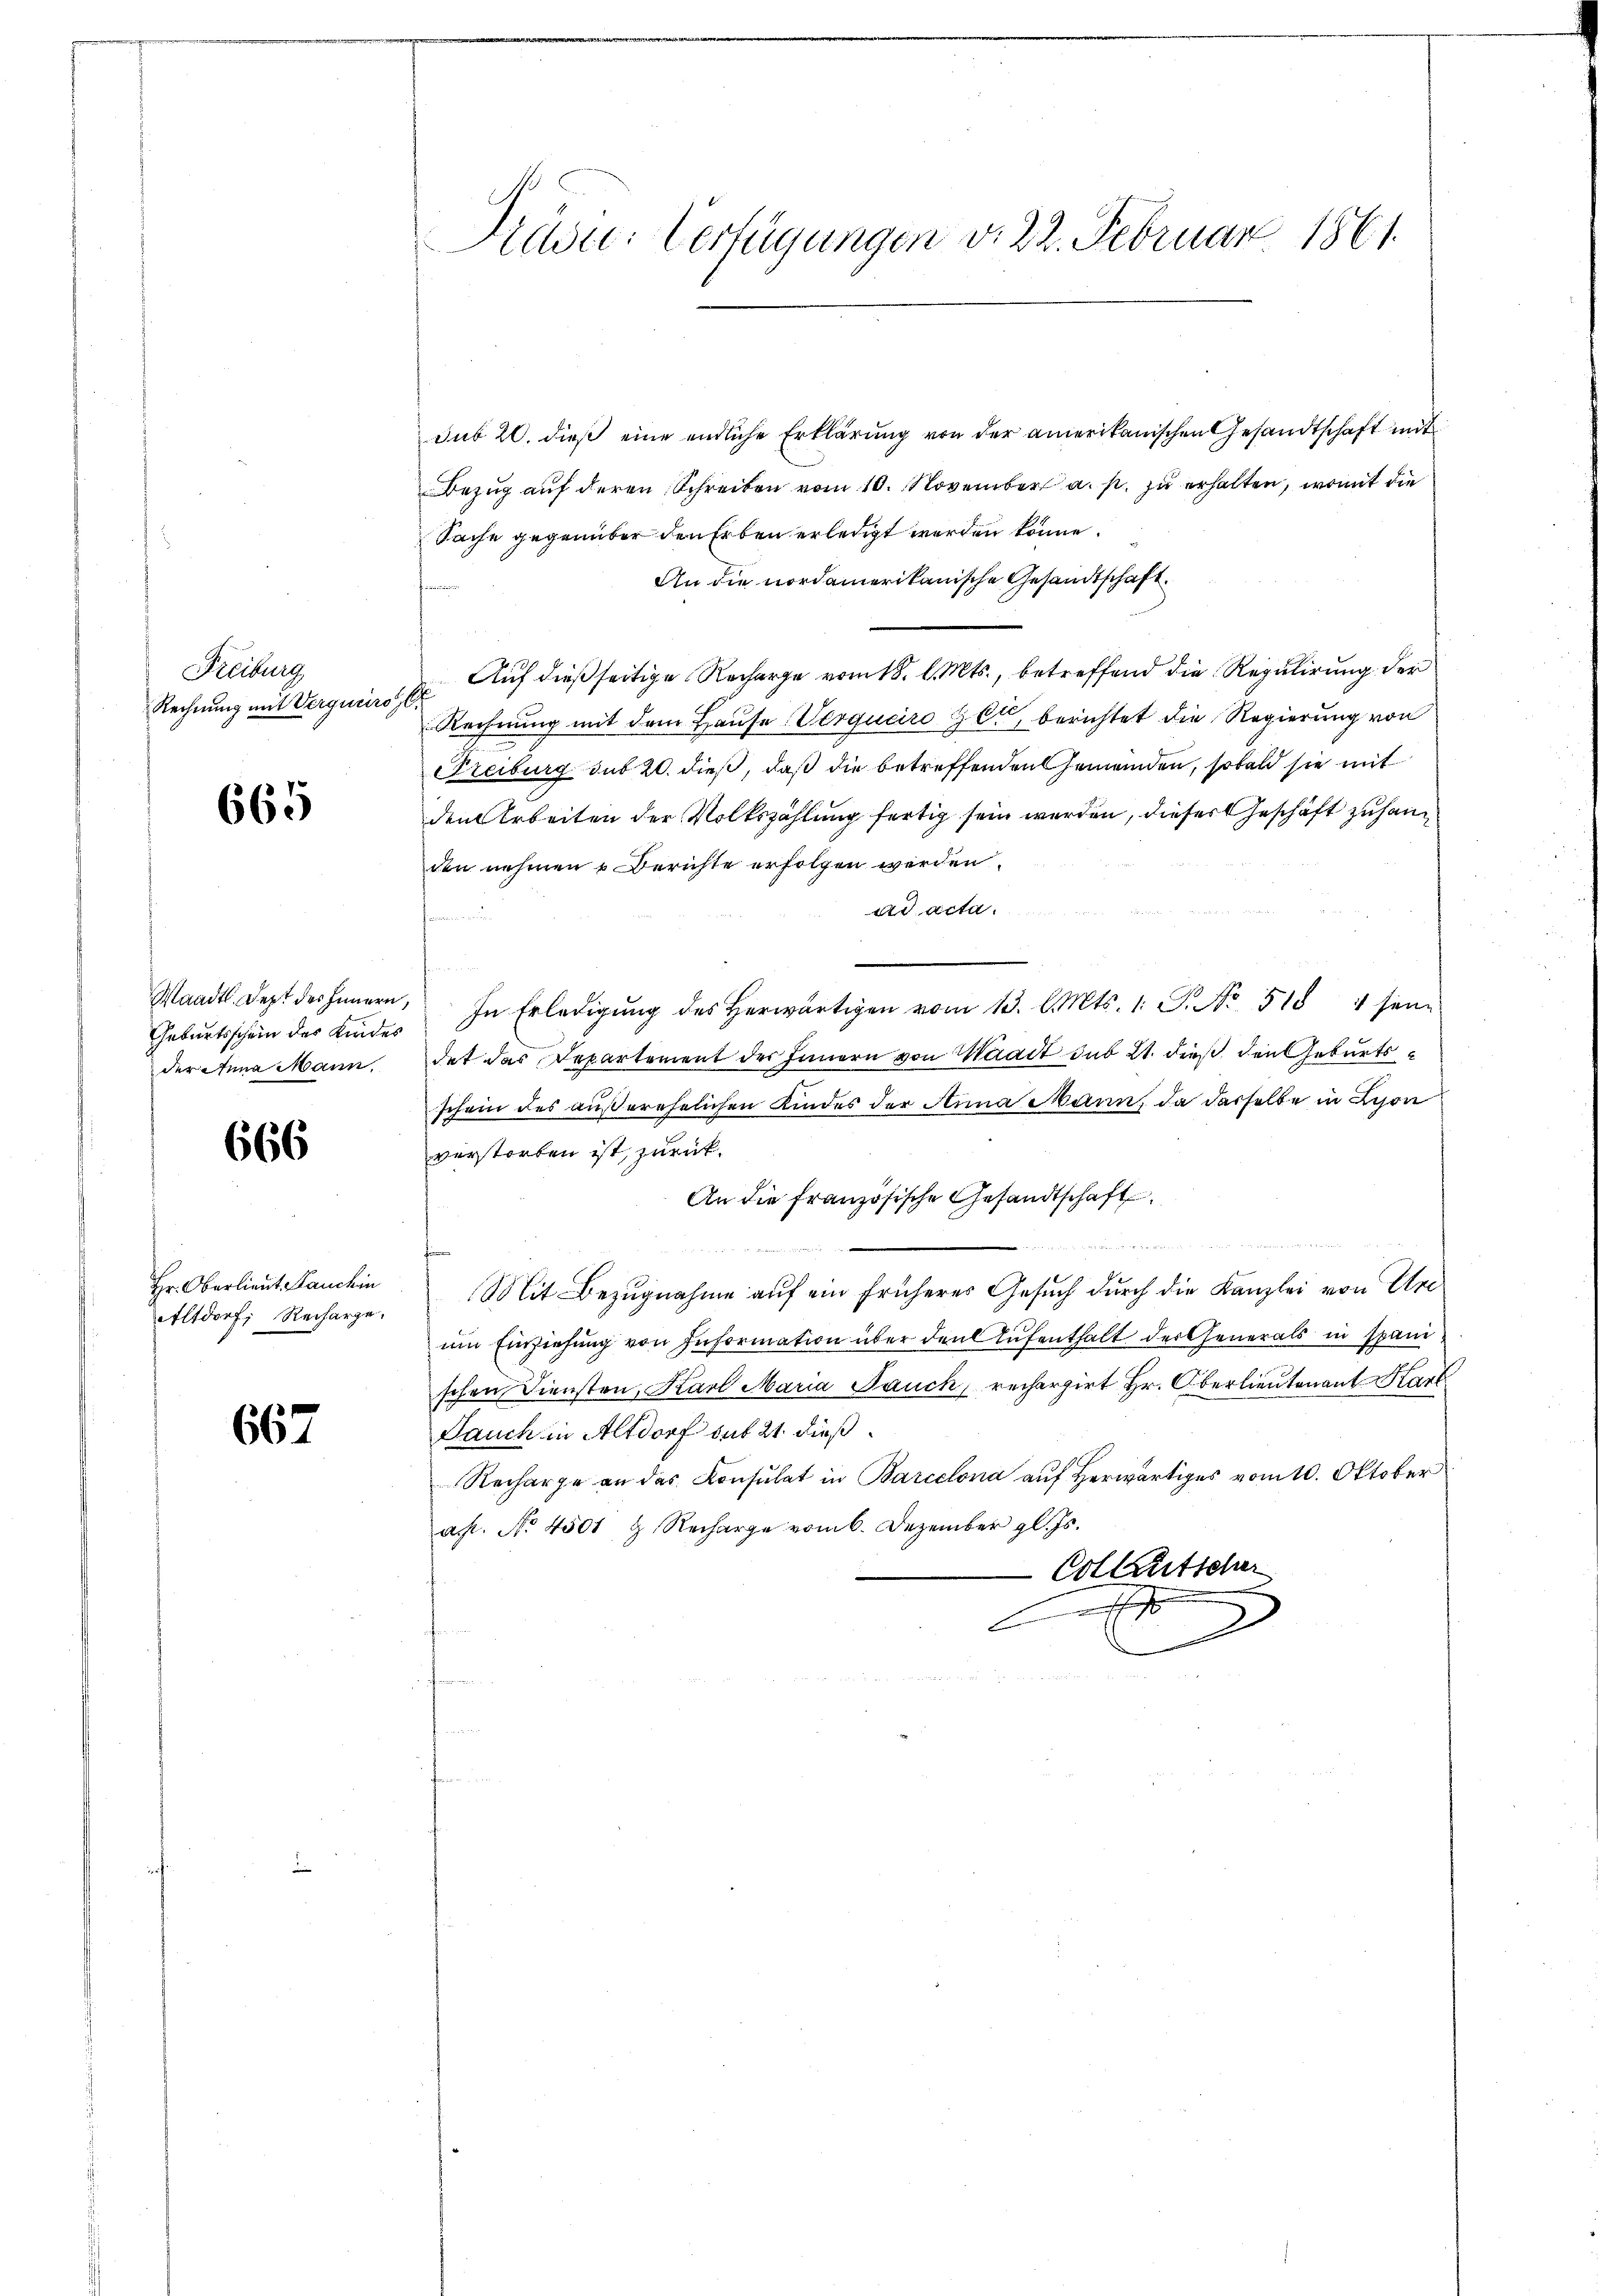
Freiburg
Rechnung mit Vergneiro

665

Geburtsschein des Kindes
der Anna Mann,

666

Hr. Oberlieut auchin
Altdorf; Recharge.

667

Kräder: Verfügungen v. 22. Februar 1861

sub 20. dieß eine endliche Erklärung von der amerikanischen Gesandtschaft mit
Bezug auf deren Schreiben vom 10. November a. p. zu erhalten, womit die
Sache gegenüber den Erben erledigt werden könne.
An die nordamerikanische Gesandtschaft.
f
Auf dießseitige Recharge vom 18. l. Mts., betreffend die Regulirung der
Rechnung mit dem Hause (Verquairo Get, berichtet die Regierung von
Freiburg sub 20. dieß, daß die betreffenden Gemeinden, sobald sie mit
den Arbeiten der Volkszählung fertig sein werden, dieser Geschäft zu handen nehmen u. Berichte erfolgen werden.
ad acta.
Waadt. Sept des Innern, In Erledigŭng des herwärtigen vom 13. l. Mts. 1. S. No. 518 4 sei-
det das Departement des Innern von Waadt sub 21. dieß den Geburtsschein des außerehelichen Kindes der Anna Mann, da dasselbe in Lyon
verstorben ist, zurück.
An die französische Gesandtschaft

e
¬
Mit Bezugnahme auf ein früheres Gesuch durch die Kanzlei von Urum Einziehung von Information über den Aufenthalt der Generals in spanischen Diensten, Karl Maria Jauch, recherzirt Hr. Oberlieutenant Kart
Jauch in Altdorf auf 21 dieß¬
Recharge an das Konsulat in Barcelona auf Herwärtiges vom 10. Oktober
ap. No. 4501 & Recharge vom 6. Dezember gl. Js.
Collentscher

.